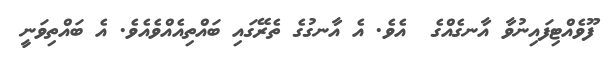
ފޫވެއްޓިފައިނުވާ އާނގެއްގެ  އެވެ. އެ އާނގުގެ ތެރޭގައި ބައްތިއެއްވެއެވެ. އެ ބައްތިވަނީ